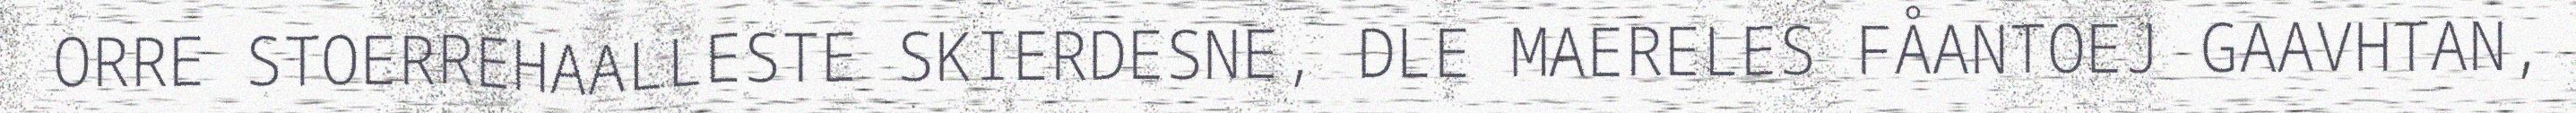
ORRE STOERREHAALLESTE SKIERDESNE, DLE MAERELES FÅANTOEJ GAAVHTAN,